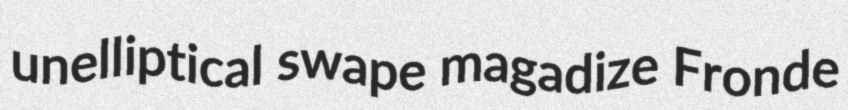
unelliptical swape magadize Fronde